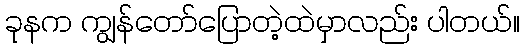
ခုနက ကျွန်တော်ပြောတဲ့ထဲမှာလည်း ပါတယ်။